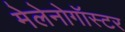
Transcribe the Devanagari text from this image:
मेलेनोगॉस्टर